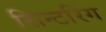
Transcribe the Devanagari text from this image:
सिन्टरिंग